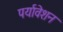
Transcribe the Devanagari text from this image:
पर्यावेशन